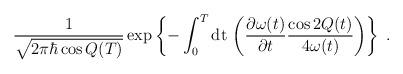
LaTeX: \begin{align*}\frac{1}{ \sqrt{2 \pi \hbar \cos Q(T) } }\exp \left \{ - \int_0^T {\rm dt} \, \left (\frac{\partial \omega(t)}{\partial t}\frac{\cos 2Q(t)}{4 \omega(t) } \right ) \right \} \; .\end{align*}